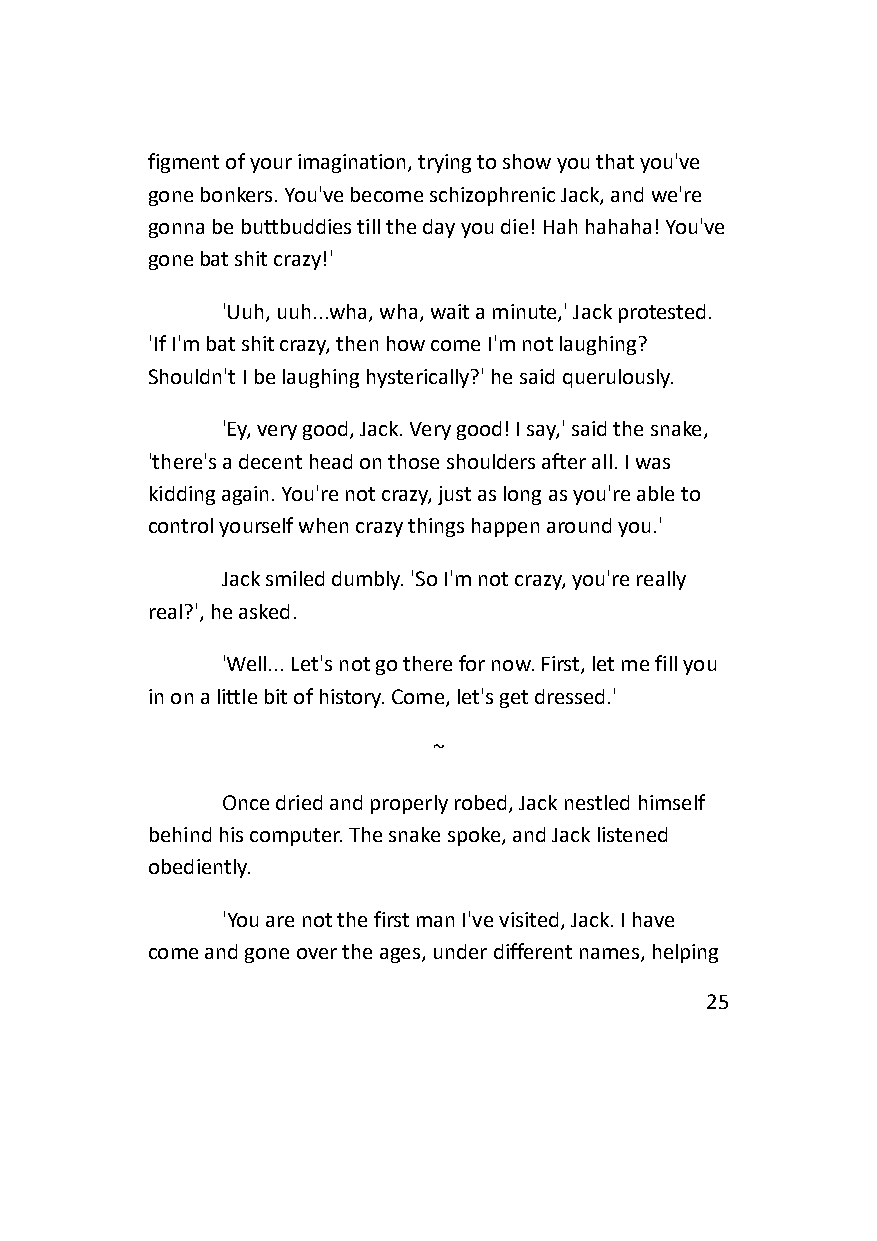
figment of your imagination, trying to show you that you've
 gone bonkers. You've become schizophrenic Jack, and we're
 gonna be buttbuddies till the day you die! Hah hahaha! You've
 gone bat shit crazy!'
 'Uuh, uuh...wha, wha, wait a minute,' Jack protested.
 'If I'm bat shit crazy, then how come I'm not laughing?
 Shouldn't I be laughing hysterically?' he said querulously.
 'Ey, very good, Jack. Very good! I say,' said the snake,
 'there's a decent head on those shoulders after all. I was
 kidding again. You're not crazy, just as long as you're able to
 control yourself when crazy things happen around you.'
 Jack smiled dumbly. 'So I'm not crazy, you're really
 real?', he asked.
 'Well... Let's not go there for now. First, let me fill you
 in on a little bit of history. Come, let's get dressed.'
 ~
 Once dried and properly robed, Jack nestled himself
 behind his computer. The snake spoke, and Jack listened
 obediently.
 'You are not the first man I've visited, Jack. I have
 come and gone over the ages, under different names, helping
 25